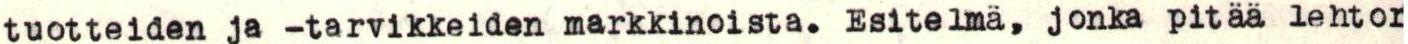
tuotteiden ja -tarvikkeiden markkinoista. Esitelmä, jonka pitää lehtor